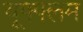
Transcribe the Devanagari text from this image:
यूफ्फ्लम